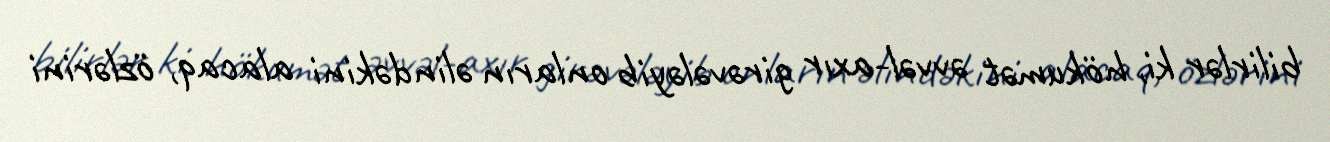
bilirlər ki, hökumət əvvəl-axır girəvələyib onların əlindəkini alacaq, özlərini